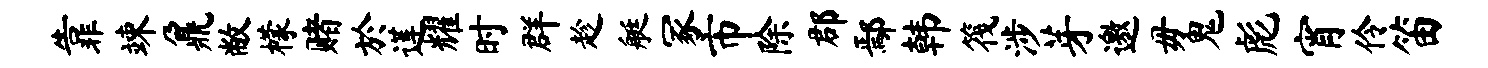
靠竦鼐敝檬赌於莲耀时群趁艇冢市除郡鄢韩筏涉芽邀毋鬼彪宵伶笛